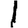
Digit: 1